Indian journal of veterinary science and animal husbandry - Volume 8,
Year: 1938
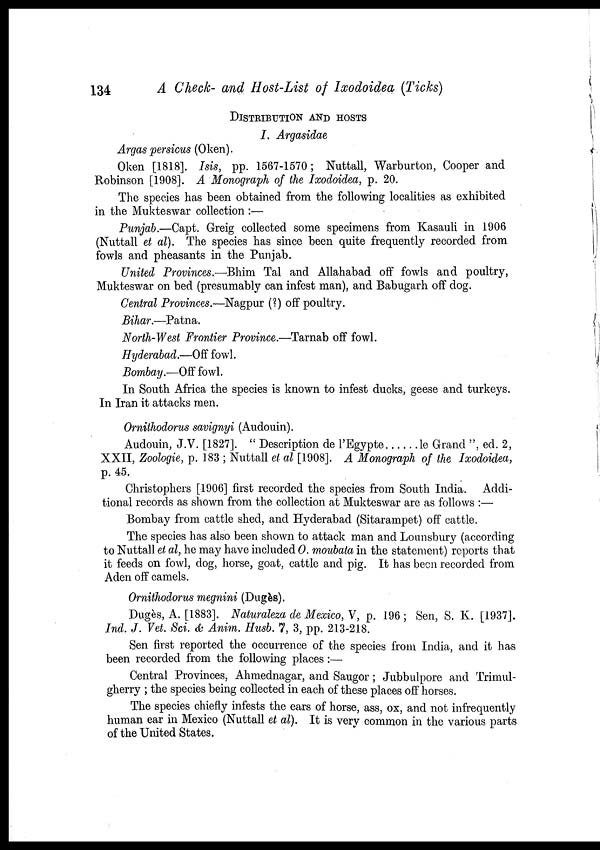
134
A
Check- and Host-List of Ixodoidea (Ticks)
DISTRIBUTION AND HOSTS
I. Argasidae
Argas persicus (Oken).
Oken [1818]. Isis, pp. 1567-1570; Nuttall, Warburton, Cooper and
Robinson [1908]. A Monograph of the Ixodoidea, p. 20.
The species has been obtained from the following localities as exhibited
in the Mukteswar collection :—
Punjab.—Capt. Greig collected some specimens from Kasauli in 1906
(Nuttall et al). The species has since been quite frequently recorded from
fowls and pheasants in the Punjab.
United Provinces.—Bhim Tal and Allahabad off fowls and poultry,
Mukteswar on bed (presumably can infest man), and Babugarh off dog.
Central Provinces.—Nagpur (?) off poultry.
Bihar.—Patna.
North-West Frontier Province.—Tarnab off fowl.
Hyderabad.—Off fowl.
Bombay.—Off fowl.
In South Africa the species is known to infest ducks, geese and turkeys.
In Iran it attacks men.
Ornithodorus savignyi (Audouin).
Audouin, J.V. [1827]. " Description de l'Egypte
le Grand ", ed. 2,
XXII, Zoologie, p. 183 ; Nuttall et al [1908]. A Monograph of the Ixodoidea,
p. 45.
Christophers [1906] first recorded the species from South India. Addi-
tional records as shown from the collection at Mukteswar are as follows :—
Bombay from cattle shed, and Hyderabad (Sitarampet) off cattle.
The species has also been shown to attack man and Lounsbury (according
to Nuttall et al, he may have included O. moubata in the statement) reports that
it feeds on fowl, dog, horse, goat, cattle and pig. It has been recorded from
Aden off camels.
Ornithodorus megnini (Dugès).
Dugès, A. [1883]. Naturaleza de Mexico, V, p. 196 ; Sen, S. K. [1937].
Ind. J. Vet. Sci. & Anim. Husb. 7, 3, pp. 213-218.
Sen first reported the occurrence of the species from India, and it has
been recorded from the following places:—
Central Provinces, Ahmednagar, and Saugor; Jubbulpore and Trimul-
gherry ; the species being collected in each of these places off horses.
The species chiefly infests the ears of horse, ass, ox, and not infrequently
human ear in Mexico (Nuttall et al). It is very common in the various parts
of the United States.